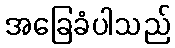
အခြေခံပါသည်